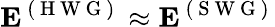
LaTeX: \mathbf{E}^{\mathrm{~(~H~W~G~)~}}\approx\mathbf{E}^{\mathrm{~(~S~W~G~)~}}